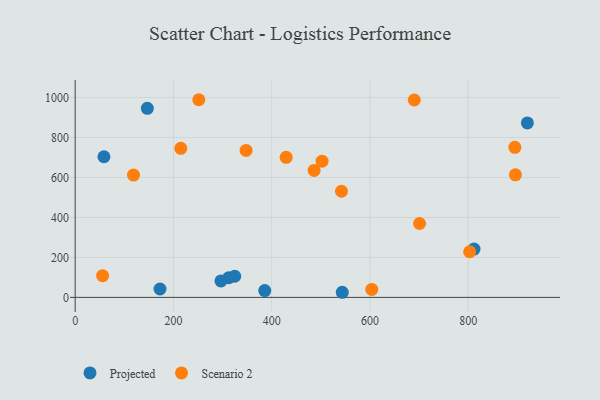
{"axis": {"x": "Ad Spend", "y": "Yield"}, "legend": ["Projected", "Scenario 2"], "data": [{"x": "312.6", "y": 98.3, "type": "Projected"}, {"x": "811.9", "y": 241.9, "type": "Projected"}, {"x": "172.7", "y": 41.9, "type": "Projected"}, {"x": "385.9", "y": 34.3, "type": "Projected"}, {"x": "920.5", "y": 873.3, "type": "Projected"}, {"x": "543.7", "y": 25.6, "type": "Projected"}, {"x": "296.8", "y": 82.4, "type": "Projected"}, {"x": "324.8", "y": 105.7, "type": "Projected"}, {"x": "58.6", "y": 703.9, "type": "Projected"}, {"x": "146.9", "y": 946.3, "type": "Projected"}, {"x": "896.1", "y": 613.3, "type": "Scenario 2"}, {"x": "251.7", "y": 989.2, "type": "Scenario 2"}, {"x": "429.5", "y": 700.8, "type": "Scenario 2"}, {"x": "701.0", "y": 369.9, "type": "Scenario 2"}, {"x": "486.4", "y": 635.4, "type": "Scenario 2"}, {"x": "542.1", "y": 531.1, "type": "Scenario 2"}, {"x": "895.0", "y": 750.9, "type": "Scenario 2"}, {"x": "55.9", "y": 108.7, "type": "Scenario 2"}, {"x": "347.9", "y": 735.7, "type": "Scenario 2"}, {"x": "502.6", "y": 681.6, "type": "Scenario 2"}, {"x": "803.0", "y": 228.4, "type": "Scenario 2"}, {"x": "118.7", "y": 612.1, "type": "Scenario 2"}, {"x": "690.3", "y": 987.7, "type": "Scenario 2"}, {"x": "215.0", "y": 746.2, "type": "Scenario 2"}, {"x": "603.8", "y": 39.9, "type": "Scenario 2"}]}